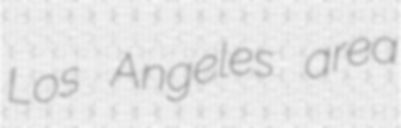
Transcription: Los Angeles area